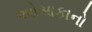
ઓસાકાનો